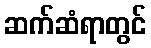
ဆက်ဆံရာတွင်